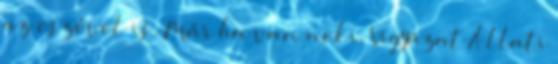
az eszével is. Már ha van neki. Vigyázat Állati